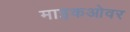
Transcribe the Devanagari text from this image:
माइकओवर